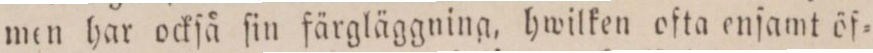
men har ockſå ſin färgläggning, hwilken ofta enſamt öf=